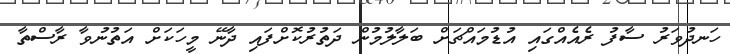
ހަނދުވަރު ސާފު ރެއެއްގައި އުޑުމައްޗަށް ބަލާލުމުން ދަތުރުކޮށްފައި ދާނޭ މީހަކަށް އަތުނުވާ ރާސްތާ